Leprosy in India: report of the Leprosy Commission in India, 1890-91
Year: 1890
Disease focus: Leprosy
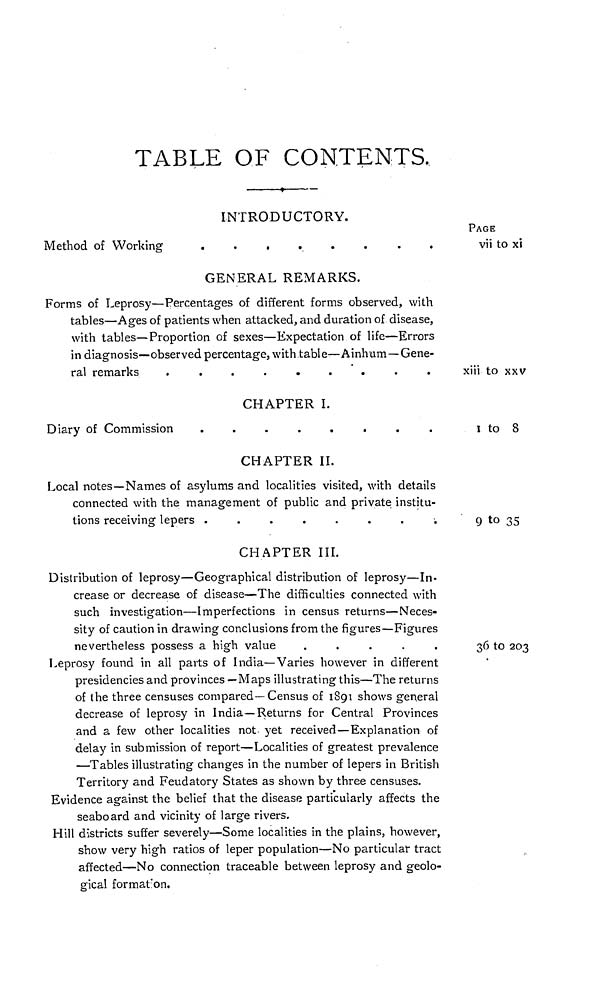
TABLE OF CONTENTS.
INTRODUCTORY.
Method of Working
........
GENERAL REMARKS.
Forms of Leprosy—Percentages of different forms observed, with
tables—Ages of patients when attacked, and duration of disease,
with tables—Proportion of sexes—Expectation of life—Errors
in diagnosis—observed percentage, with table—Ainhum—Gene-
ral remarks
.........
CHAPTER I.
Diary of Commission
........
CHAPTER II.
Local notes—Names of asylums and localities visited, with details
connected with the management of public and private institu-
tions receiving lepers
........
CHAPTER III.
Distribution of leprosy—Geographical distribution of leprosy—In-
crease or decrease of disease—The difficulties connected with
such investigation—Imperfections in census returns—Neces-
sity of caution in drawing conclusions from the figures—Figures
nevertheless possess a high value
.....
Leprosy found in all parts of India—Varies however in different
presidencies and provinces —Maps illustrating this—The returns
of the three censuses compared—Census of I89I shows general
decrease of leprosy in India—Returns for Central Provinces
and a few other localities not- yet received—Explanation of
delay in submission of report—Localities of greatest prevalence
—Tables illustrating changes in the number of lepers in British
Territory and Feudatory States as shown by three censuses.
Evidence against the belief that the disease particularly affects the
seaboard and vicinity of large rivers.
Hill districts suffer severely—Some localities in the plains, however,
show very high ratios of leper population—No particular tract
affected—No connection traceable between leprosy and geolo-
gical formaton.
PAGE
vii to xi
xiii to xxv
I to 8
9 to 35
36 to 203